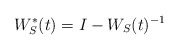
\begin{align*}W^*_S(t) = I-W_S(t)^{-1}\end{align*}